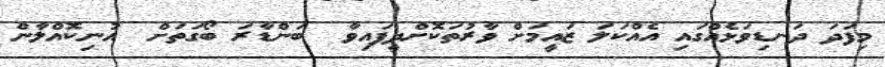
މިފަދަ ދަނޑިވަޅެއްގައި އެއްކަލަ ޒައީމަށް ވާރުތަކޮށްދީފައިވާ  ބަންޑާރަ ބޯގަތަށް  އުނިކޮއްލާން